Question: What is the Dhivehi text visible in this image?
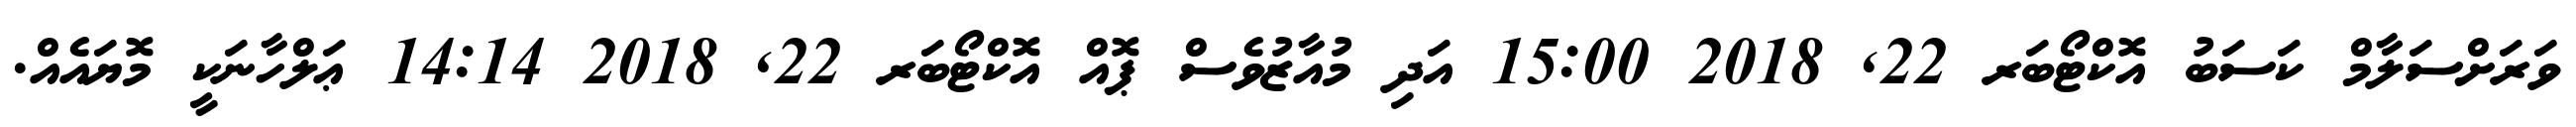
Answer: ވަރަށްސަލާމް ކަސަބު އޮކްޓޯބަރ 22, 2018 15:00 އަދި މުއާޒުވެސް ޕޮއް އޮކްޓޯބަރ 22, 2018 14:14 ޢަލްހާނަކީ މޮޔައެއް.